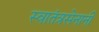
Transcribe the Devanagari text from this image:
स्वातंत्रसेनानी